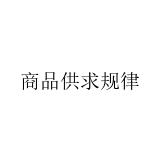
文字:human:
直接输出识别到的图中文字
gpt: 商品供求规律